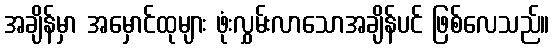
အချိန်မှာ အမှောင်ထုများ ဖုံးလွှမ်းလာသောအချိန်ပင် ဖြစ်လေသည်။